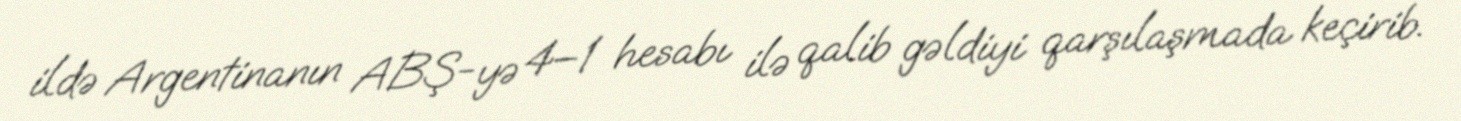
ildə Argentinanın ABŞ-yə 4–1 hesabı ilə qalib gəldiyi qarşılaşmada keçirib.